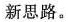
新思路。